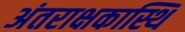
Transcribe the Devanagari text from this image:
अंतराक्षकास्थि